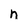
Character: n